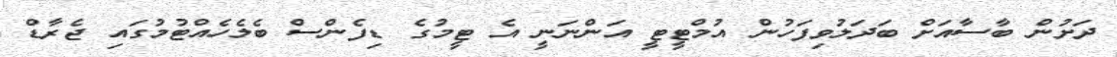
ދަށުން ބާސާއަށް ބަދަލުވިފަހުން އުމްޓީޓީ އަންނަނީ އެ ޓީމުގެ ޑިފެންސް ބެލެހެއްޓުމުގައި ޖެރާޑް